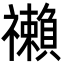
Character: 䄤